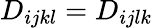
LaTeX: D_{ijkl}=D_{ijlk}